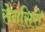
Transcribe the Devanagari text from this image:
सेनसिरो